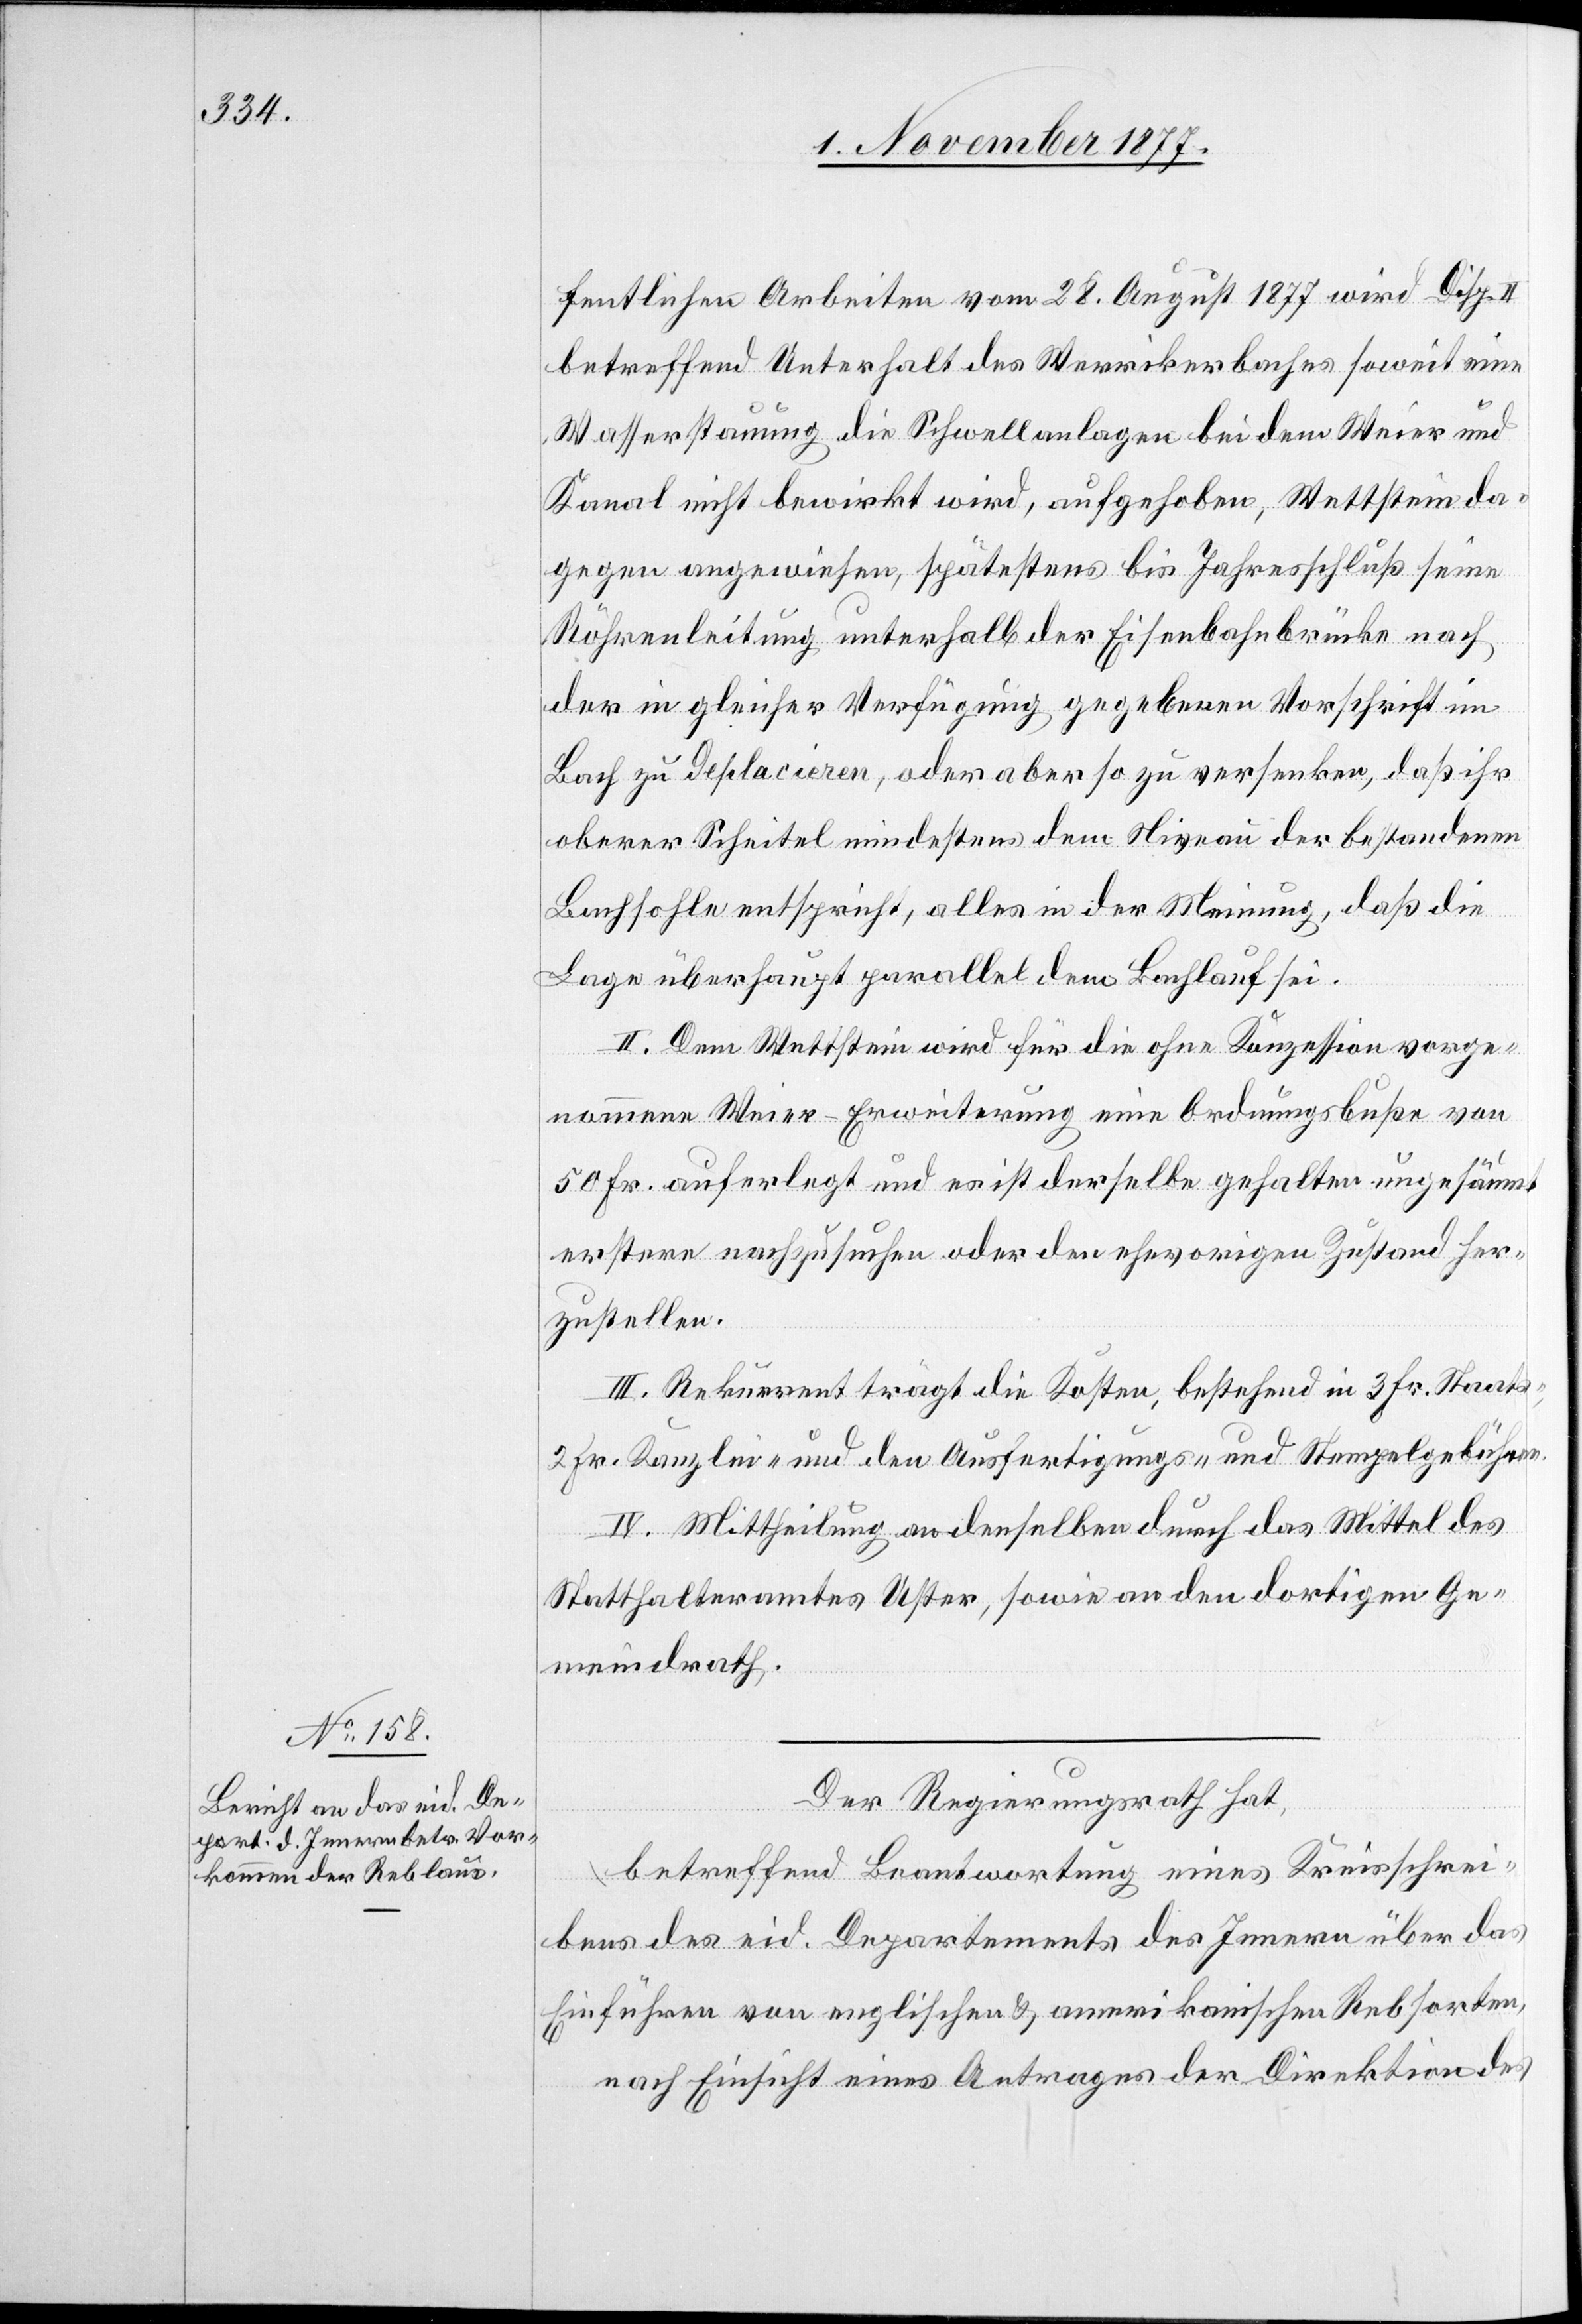
fentlichen Arbeiten vom 28. August 1877 wird Disp.
betreffend Unterhalt des Werrikerbaches soweit eine
Wasserstauung die Schwellanlagen bei dem Weier und
Kanal nicht bewirkt wird, aufgehoben, Wettstein da¬
gegen angewiesen, spätestens bis Jahresschluß seine
Röhrenleitung unterhalb der Eisenbahnbrücke nach
der in gleicher Verfügung gegebenen Vorschrift im
Bach zu deplacieren, oder aber so zu versenken, daß ihr
oberer Scheitel mindestens dem Niveau der bestandenen
Bachsohle entspricht, alles in der Meinung, daß die
Lage überhaupt parallel dem Bachlauf sei.
II. Dem Wettstein wird für die ohne Konzession vorge¬
nommene Weier-Erweiterung eine Ordnungsbuße von
50 Fr. auferlegt und es ist derselbe gehalten ungesäumt
erstere nachzusuchen oder den ehevorigen Zustand her¬
zustellen.
III. Rekurrent trägt die Kosten, bestehend in 3 Fr. Staats-,
2 Fr. Kanzlei- und den Ausfertigungs- und Stempelgebühren.
IV. Mittheilung an denselben durch das Mittel des
Statthalteramtes Uster, sowie an den dortigen Ge¬
meindrath.
Der Regierungsrath hat,
betreffend Beantwortung eines Kreisschrei¬
bens des eid. Departements des Innern über das
Einführen von englischen & amerikanischen Rebsorten,
nach Einsicht eines Antrages der Direktion des